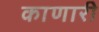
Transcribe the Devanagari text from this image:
काणारी